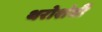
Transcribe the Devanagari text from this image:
थरोशंबी